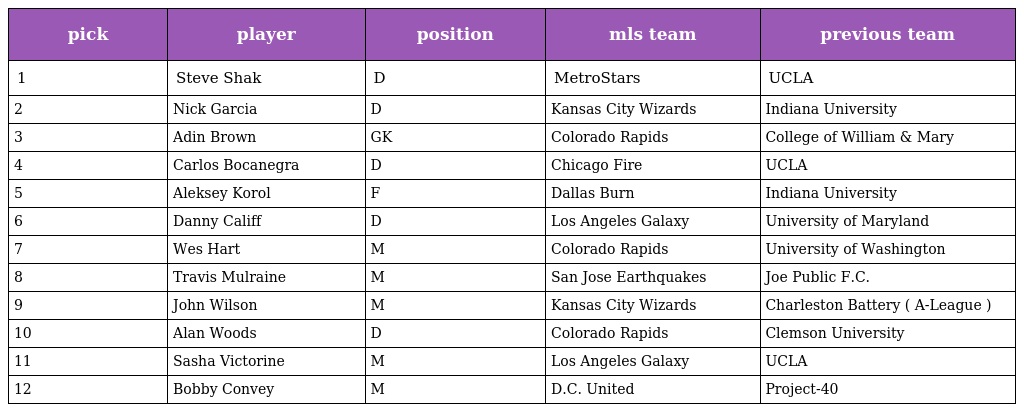
| pick | player | position | mls team | previous team |
 | --- | --- | --- | --- | --- |
 | 1 | Steve Shak | D | MetroStars | UCLA |
 | 2 | Nick Garcia | D | Kansas City Wizards | Indiana University |
 | 3 | Adin Brown | GK | Colorado Rapids | College of William & Mary |
 | 4 | Carlos Bocanegra | D | Chicago Fire | UCLA |
 | 5 | Aleksey Korol | F | Dallas Burn | Indiana University |
 | 6 | Danny Califf | D | Los Angeles Galaxy | University of Maryland |
 | 7 | Wes Hart | M | Colorado Rapids | University of Washington |
 | 8 | Travis Mulraine | M | San Jose Earthquakes | Joe Public F.C. |
 | 9 | John Wilson | M | Kansas City Wizards | Charleston Battery ( A-League ) |
 | 10 | Alan Woods | D | Colorado Rapids | Clemson University |
 | 11 | Sasha Victorine | M | Los Angeles Galaxy | UCLA |
 | 12 | Bobby Convey | M | D.C. United | Project-40 |